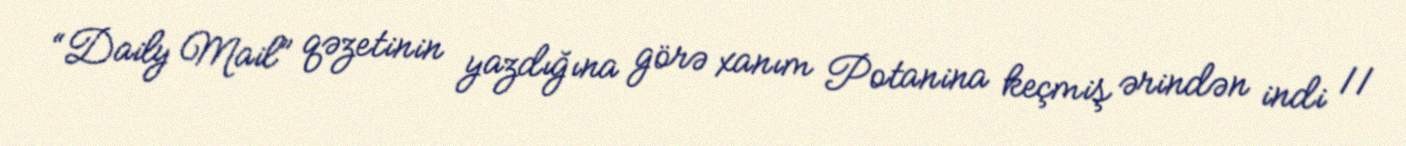
“Daily Mail” qəzetinin yazdığına görə xanım Potanina keçmiş ərindən indi 11